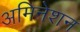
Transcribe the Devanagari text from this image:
अमिनेशन